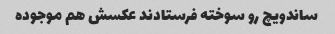
ساندویچ رو سوخته فرستادند عکسش هم موجوده